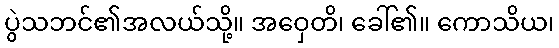
ပွဲသဘင်၏အလယ်သို့။ အဝှေတိ၊ ခေါ်၏။ ကောသိယ၊